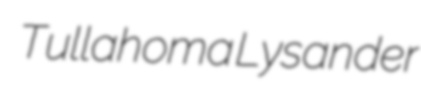
Tullahoma Lysander